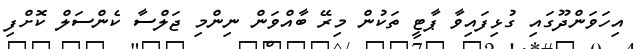
އިހަވަންދޫގައި ގުޅިފައިވާ ޕާޓީ ތަކުން މިރޭ ބާއްވަން ނިންމި ޖަލްސާ ކެންސަލް ކޮށްފި